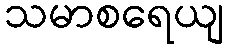
သမာစရေယျ